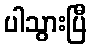
ပါသွားပြီ